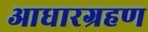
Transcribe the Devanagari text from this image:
आधारग्रहण